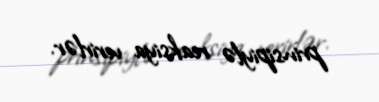
prinsipiylə reaksiya verirlər.